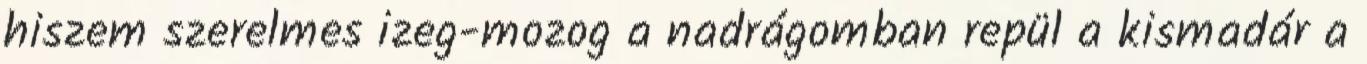
hiszem szerelmes izeg-mozog a nadrágomban repül a kismadár a